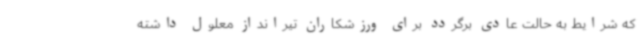
که شرایط به حالت عادی برگردد برای ورزشکاران تیرانداز معلول داشته